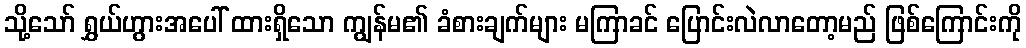
သို့သော် ရွှယ်ဟွားအပေါ် ထားရှိသော ကျွန်မ၏ ခံစားချက်များ မကြာခင် ပြောင်းလဲလာတော့မည် ဖြစ်ကြောင်းကို